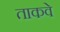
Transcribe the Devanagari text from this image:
ताकवे